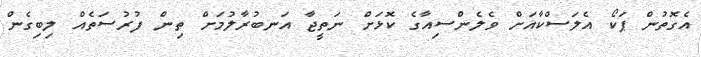
އެގޮތުން ޕަކޯ އެލަސްކާއަށް ވެލެންސިއާގެ ކޮޅަށް ނަތީޖާ އަނބުރާލުމަށް ތިން ފުރުސަތެއް ލިބިގެން